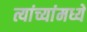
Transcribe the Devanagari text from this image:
त्यांच्यांमध्ये